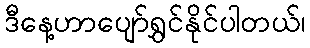
ဒီနေ့ဟာပျော်ရွှင်နိုင်ပါတယ်၊